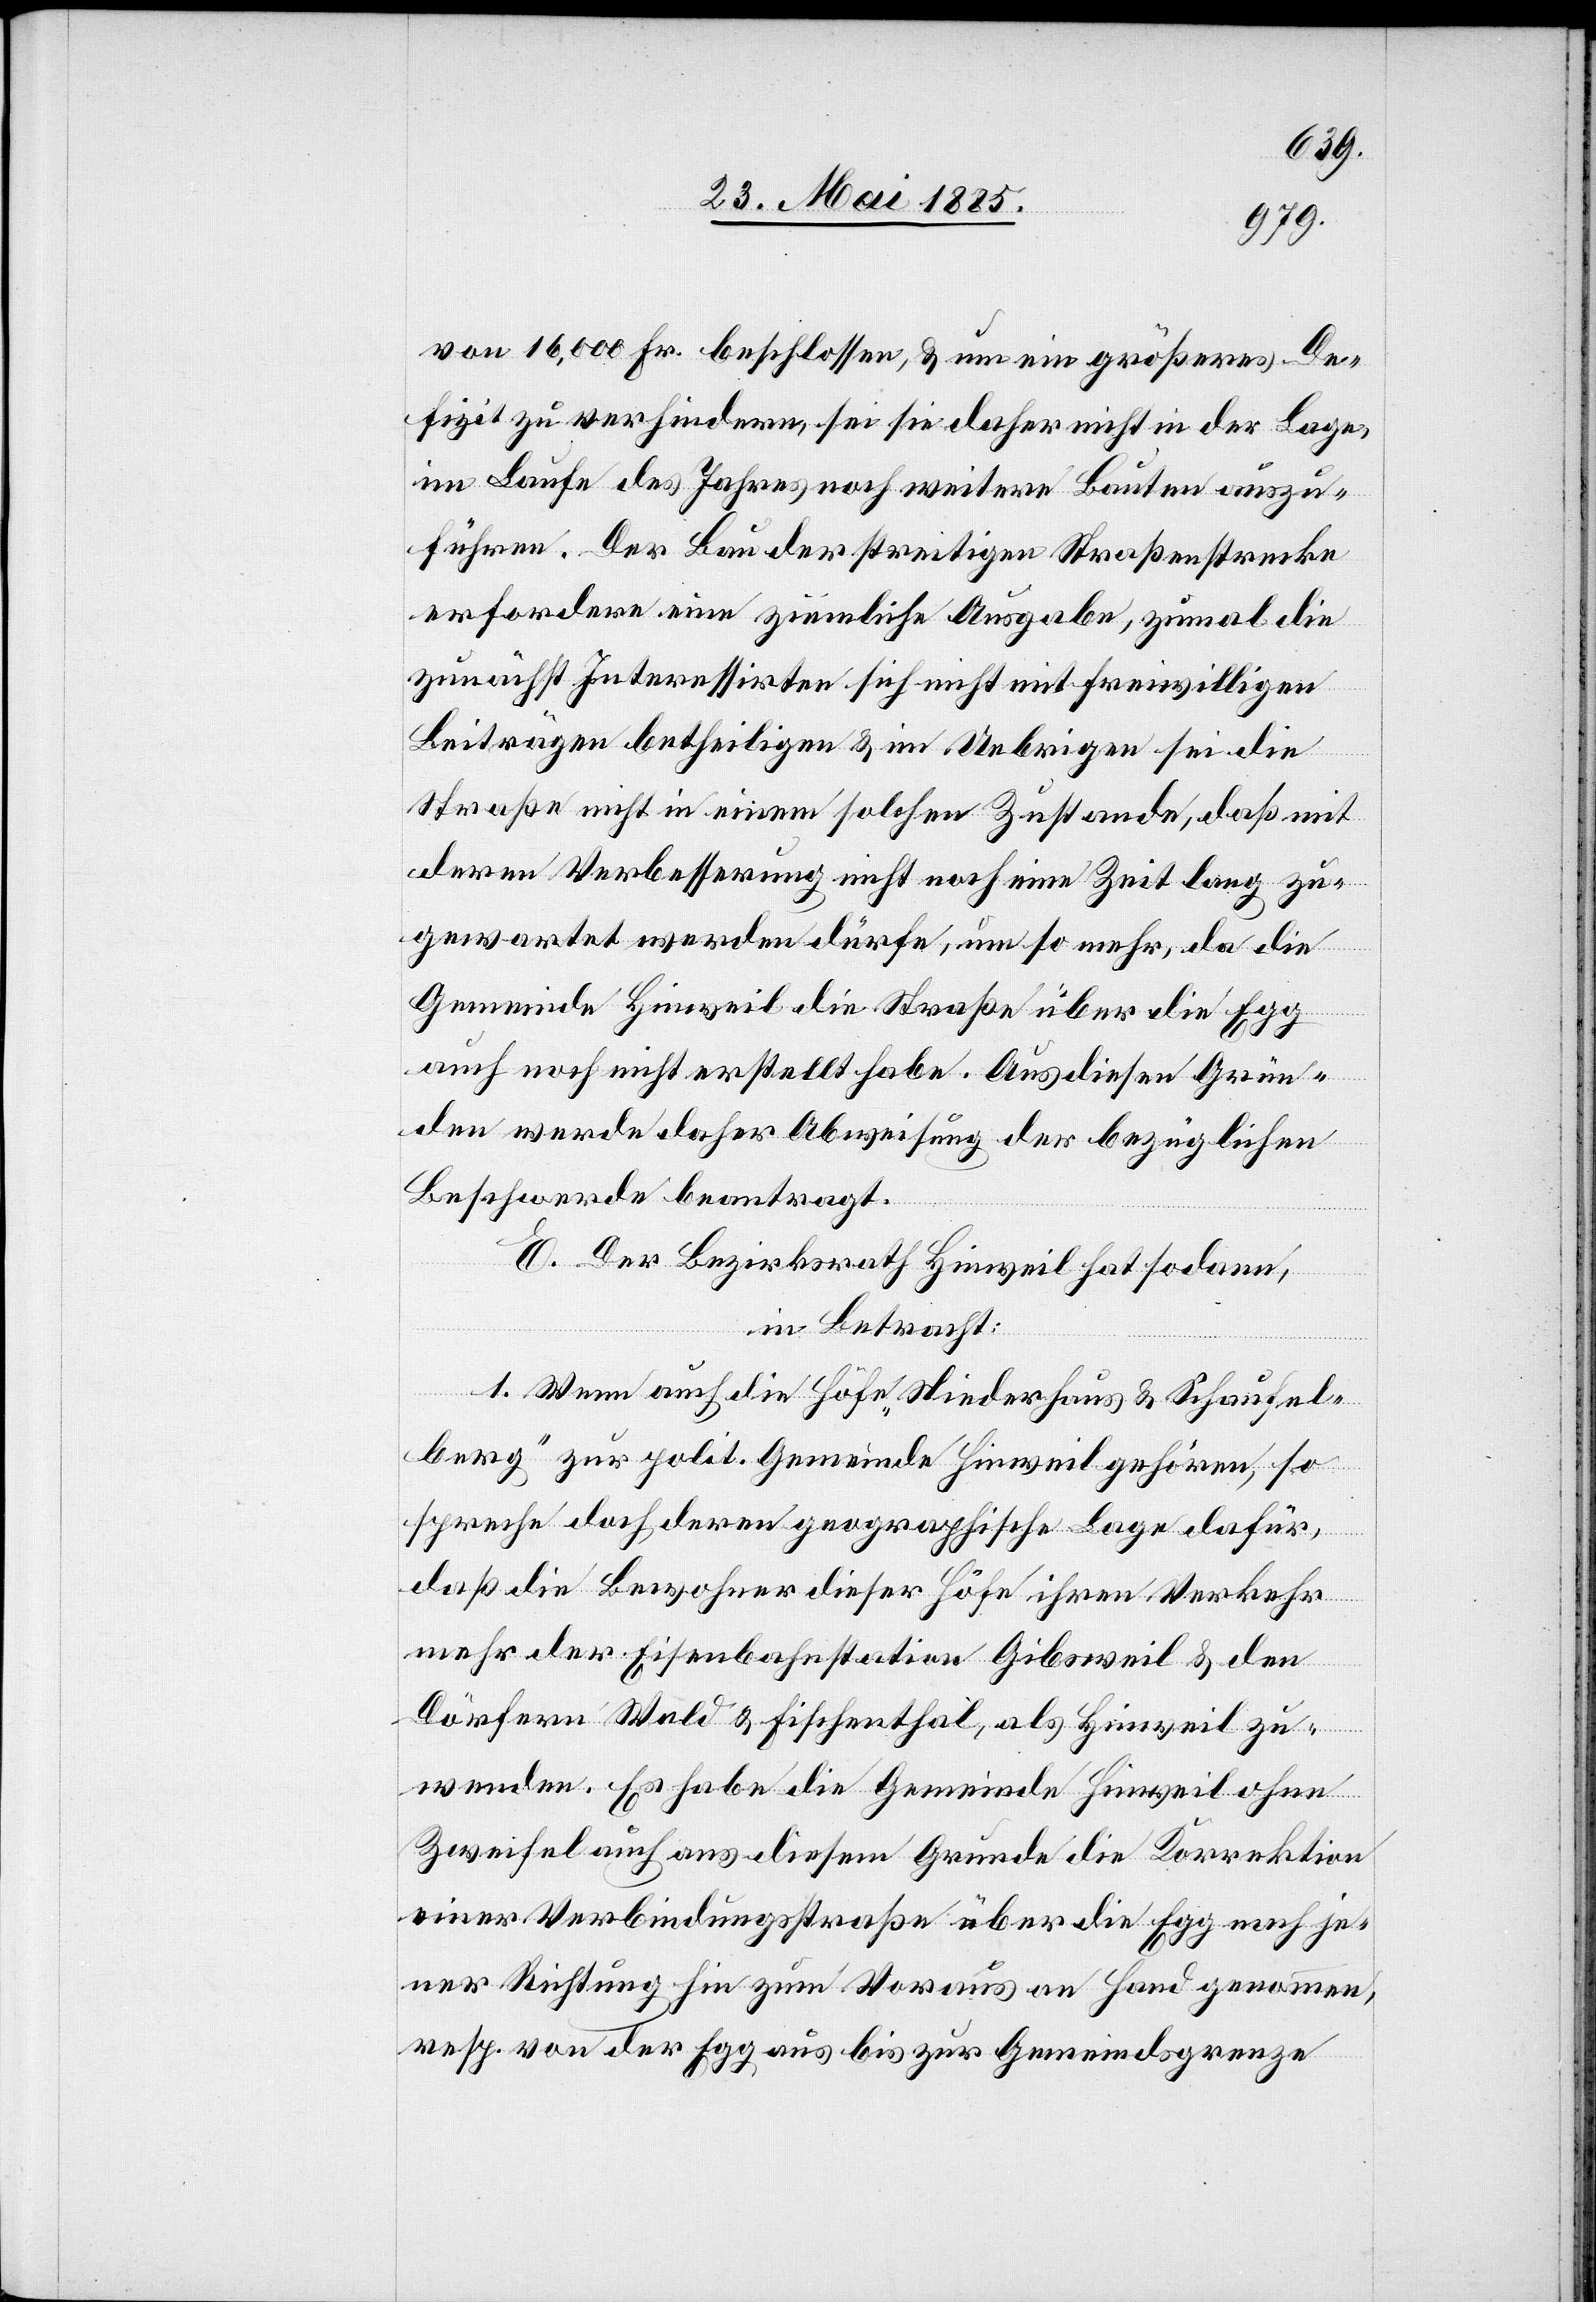
von 16,000 Fr. beschlossen, & um ein größeres De¬
fizit zu verhindern, sei sie daher nicht in der Lage,
im Laufe des Jahres noch weitere Bauten auszu¬
führen. Der Bau der streitigen Straßenstrecke
erfordere eine ziemliche Ausgabe, zumal die
zunächst Interessirten sich nicht mit freiwilligen
Beiträgen betheiligen & im Uebrigen sei die
Straße nicht in einem solchen Zustande, daß mit
deren Verbesserung nicht noch eine Zeit lang zu¬
gewartet werden dürfe, um so mehr, da die
Gemeinde Hinweil die Straße über die Egg
auch noch nicht erstellt habe. Aus diesen Grün¬
den werde daher Abweisung der bezüglichen
Beschwerde beantragt.
E. Wenn auch die Höfe „Niederhaus & Schaufel¬
berg“ zur polit. Gemeinde Hinweil gehören, so
spreche doch deren geographische Lage dafür,
daß die Bewohner dieser Höfe ihren Verkehr
mehr der Eisenbahnstation Gibsweil & den
Dörfern Wald & Fischenthal, als Hinweil zu¬
wenden. Es habe die Gemeinde Hinweil ohne
Zweifel auch aus diesem Grunde die Korrektion
einer Verbindungsstraße über die Egg nach je¬
ner Richtung hin zum Voraus an Hand genommen,
resp. von der Egg aus bis zur Gemeindsgrenze